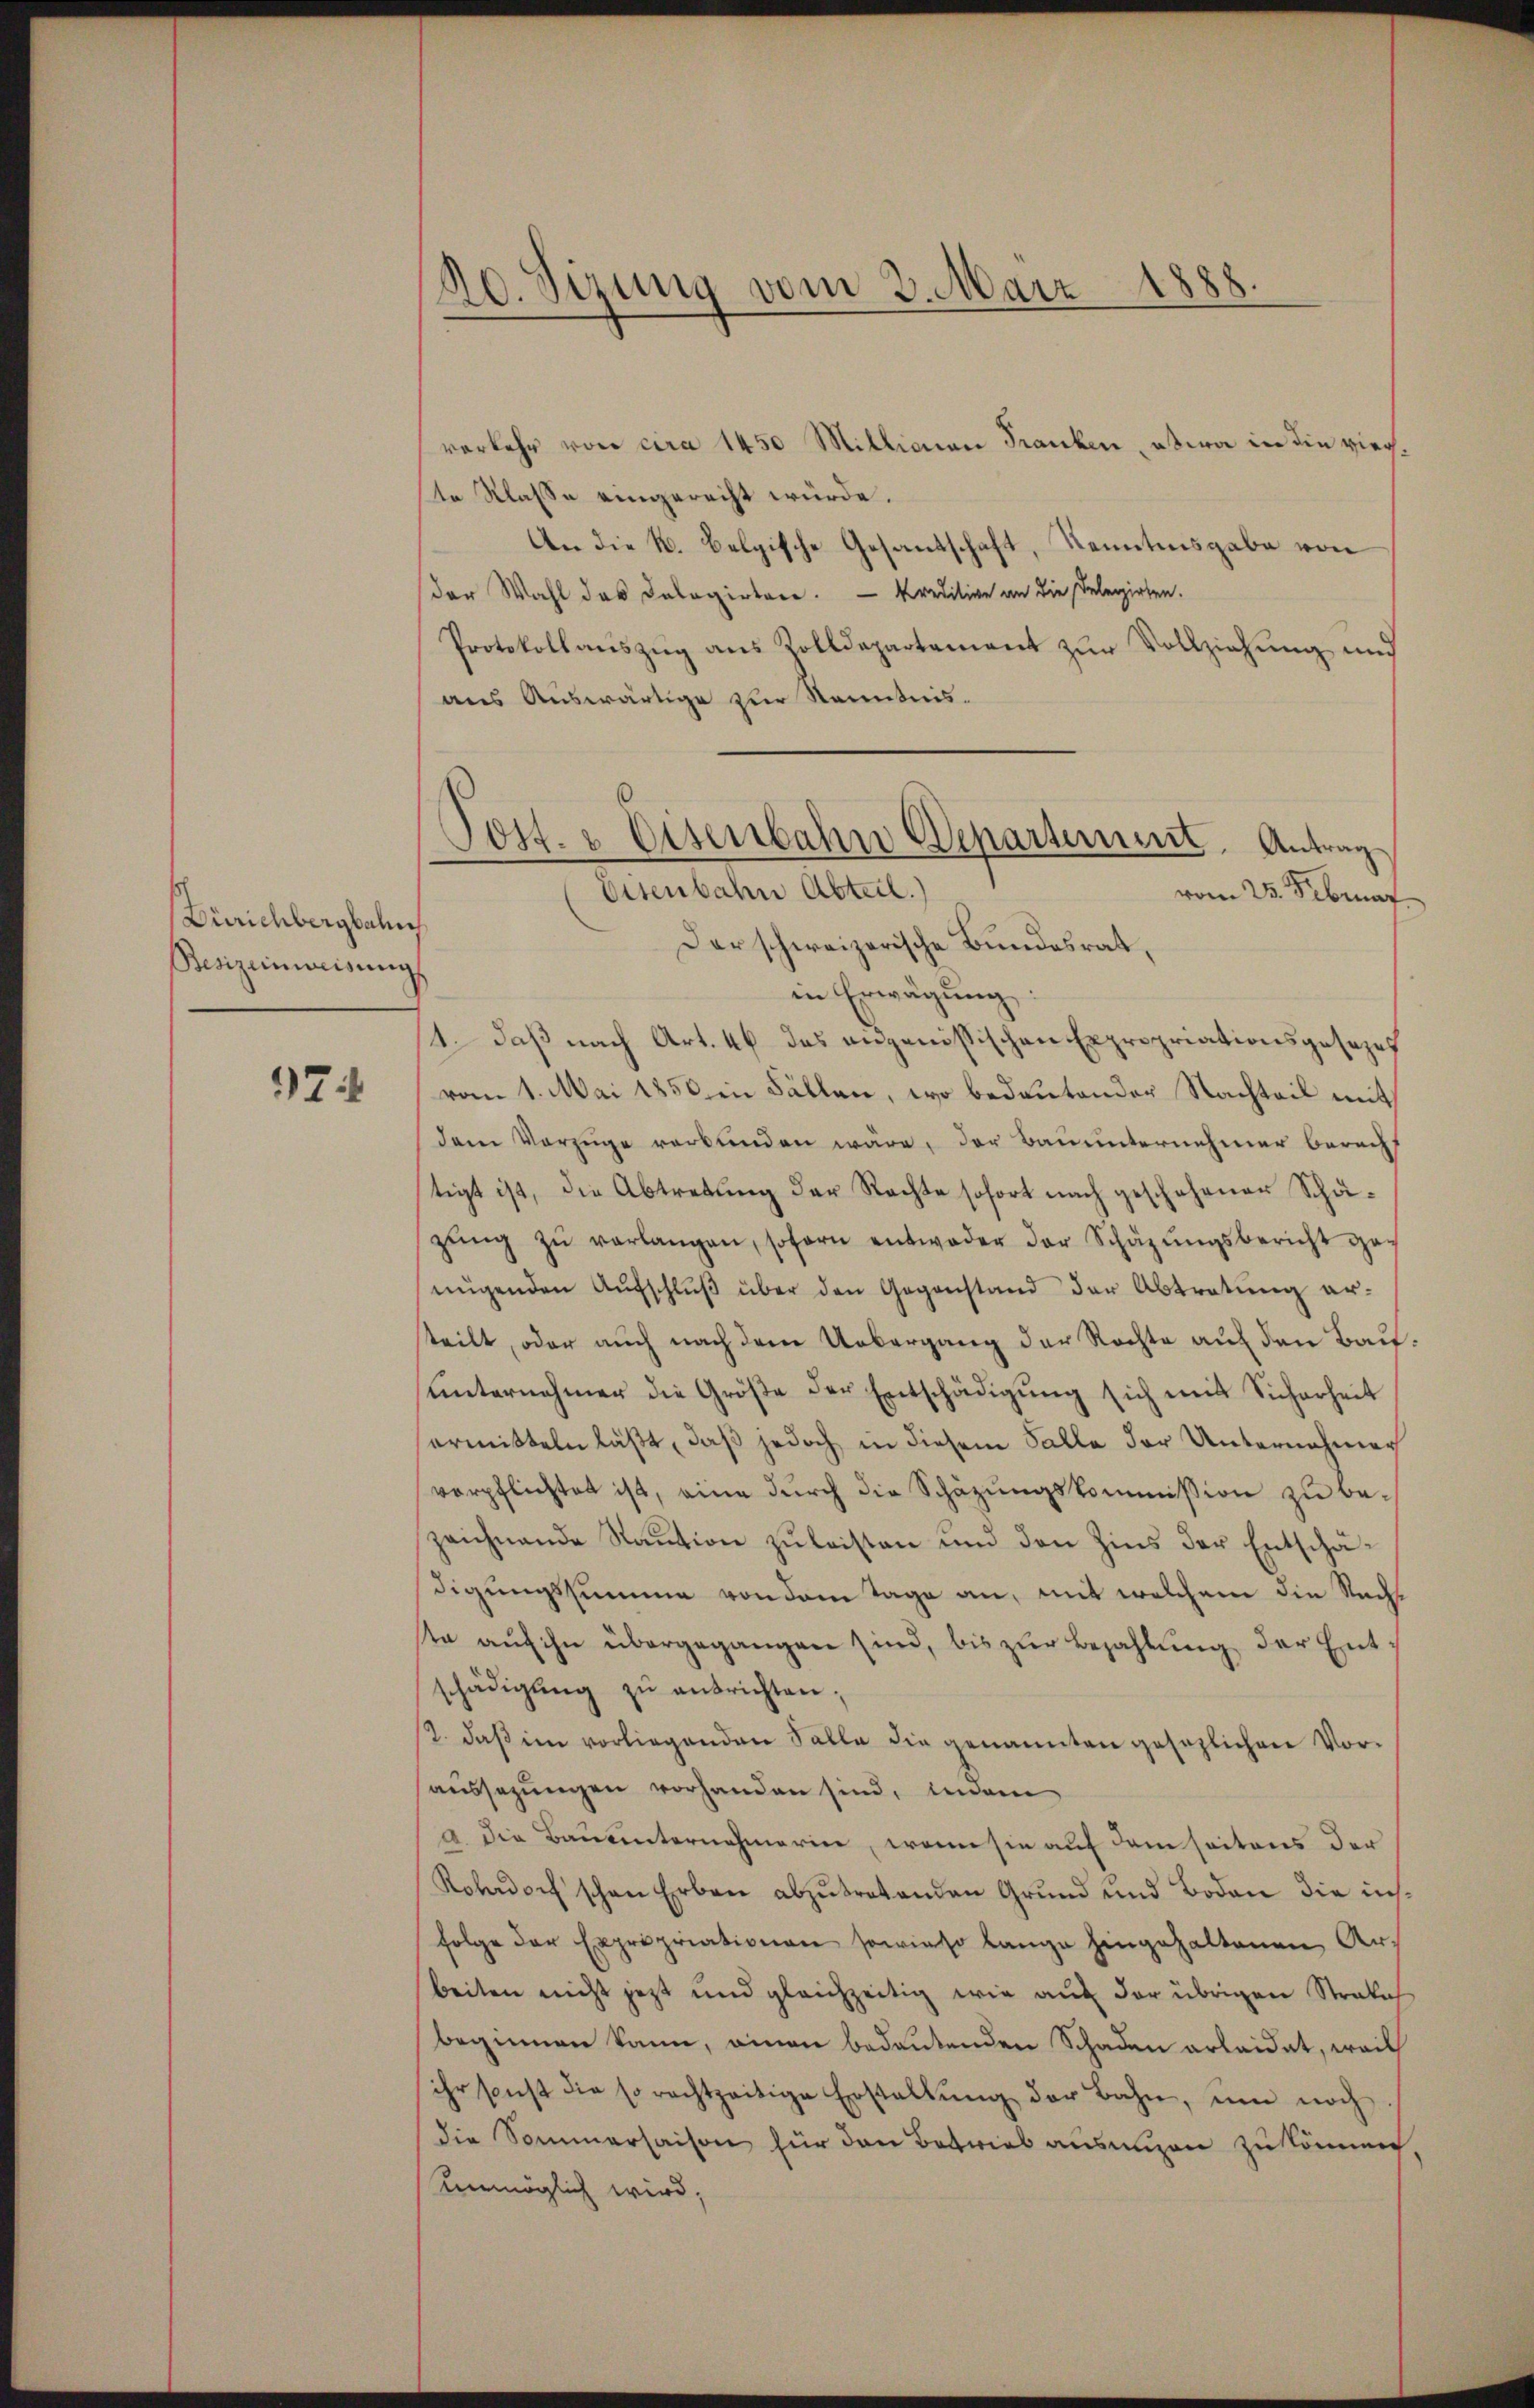
Zürichbergbahn
Besizeinweisung

97

20. Sizung vom 2. März 1888.

verkehr von cira 1450 Millionen Franken, etwa in die vierte Klasse eingerecht würde.
An die k. belgische Gesandschaft, Kenntnisgabe von
der Wahl das Delegirten. — Kreditive an die Delegirten.
Protokollaŭszŭg aŭs Zolldepartement zŭr Vollziehŭng und
aus Auswärtige zur Kenntnisin Erwägung
1. daß nach Art. 46 das angenössischen Expropriationsgesezes
vom 1. Mai 1850 in Fällen, wo bedeutender Nachteil mit
dem Vorzüge verbunden wäre, der Bauunternehmer berecht
tigt ist, die Abtretung der Rechte sofort nach geschehener Schäzŭng zŭ verlangen, soforn entweder der Schäzŭngsbericht genügenden Aŭfschlŭβ über den Gegenstand der Abtretung ersteilt, oder auch nach dem Uebergang der Rechte auf den Bauunternehmer die Größe der Entschädigung sich mit Sicherheit
ermitteln läßt, daß jedoch in diesem Falle der Unternehmer
verpflichtet ist, eine dŭrch die Schäzŭngskommission zu be-
zeichnende Staution zu leisten und den Zins der Entschädigungssumme von dem Tage an, mit welchem die Nach
te aŭf ihn übergegangen sind, bis zŭr Bezahlung der Entschädigŭng zŭ antrichten;
2. daβ im vorliegenden Salle die genannten gesezlichen Voraussezungen vorhanden sind, indem
a. Die Bauunternehmerin, wenn sie auf dem seitens der
Kobadorf schon Erben abzŭtretenden Grund und Boden die insfolge der Expropriationen sowieso lange hingehaltenen Arbeiten nicht jetzt und gleichzeitig wir auf der übrigen Strafe
beginnen kann, einen bedeutenden Schaden erleidet, weil
ihr sonst die so rechtzeitige Erstallŭng der Bahn, um noch
die Sommersaison für den Betrieb ausmien zu können.
unmöglich wird,

Post- & Eisenbahn Departement. Antrag
Eisenbahn Abteil.)
vom 25. Februar
Der schweizerische Bundesrat,